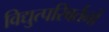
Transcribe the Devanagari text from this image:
विद्युत्परिवर्तनों